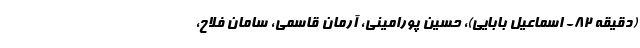
(دقیقه ۸۲- اسماعیل بابایی)، حسین پورامینی، آرمان قاسمی، سامان فلاح،